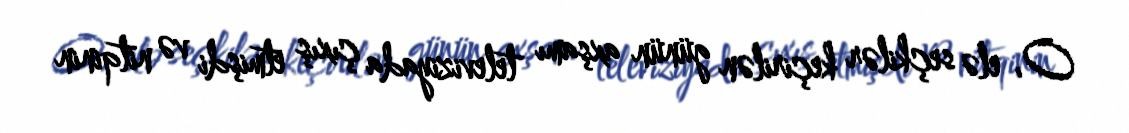
O, elə seçkilər keçirilən günün axşamı televiziyada çıxış etmişdi və nitqinin